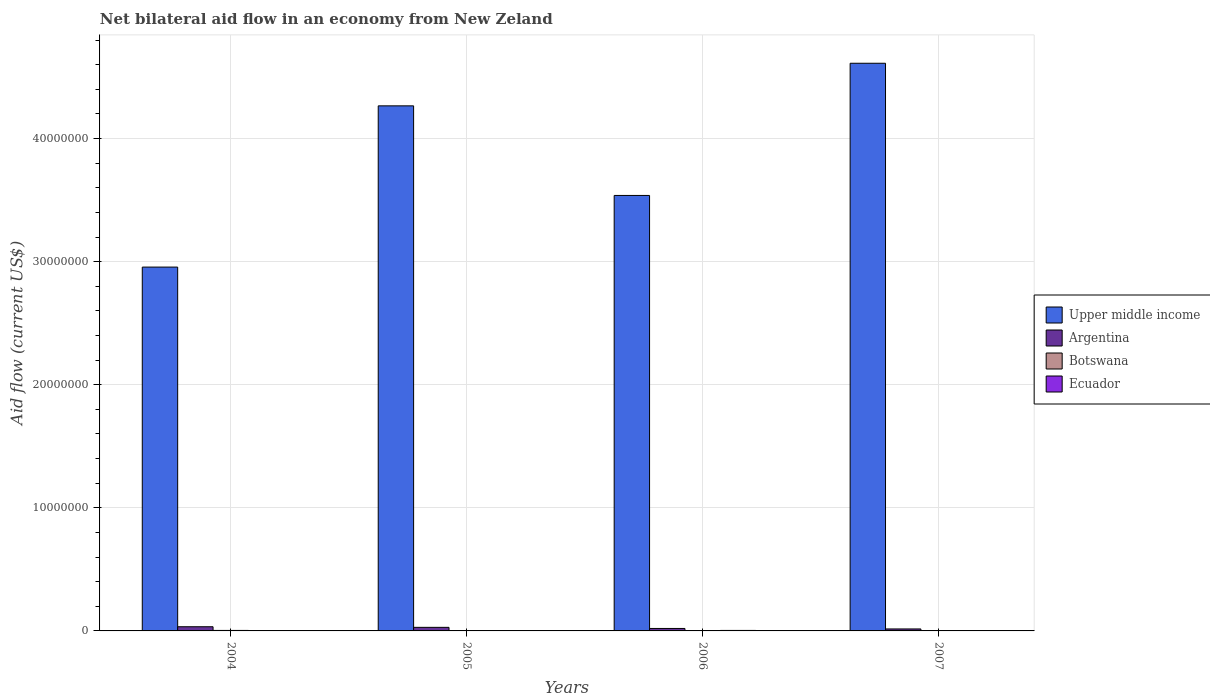
| Years | Upper middle income | Argentina | Botswana | Ecuador |
 | --- | --- | --- | --- | --- |
 | 2004 | 2.96e+07 | 3.4e+05 | 4e+04 | 3e+04 |
 | 2005 | 4.27e+07 | 2.9e+05 | 3e+04 | 3e+04 |
 | 2006 | 3.54e+07 | 2e+05 | 2e+04 | 4e+04 |
 | 2007 | 4.61e+07 | 1.6e+05 | 2e+04 | 2e+04 |